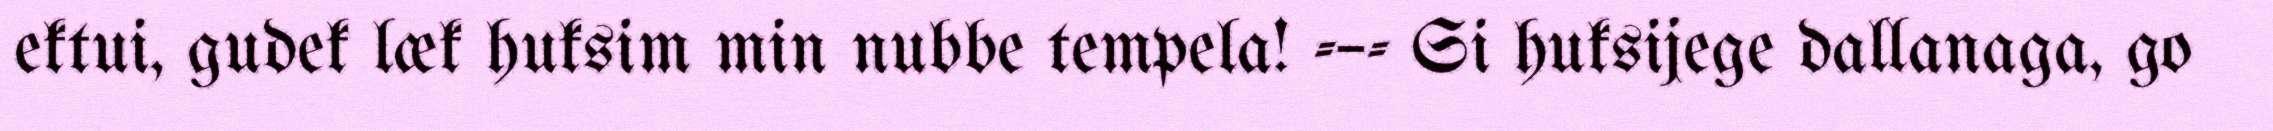
ektui, gudek læk huksim min nubbe tempela! -–- Si huksijege dallanaga, go